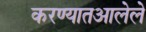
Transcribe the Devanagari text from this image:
करण्यातआलेले